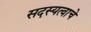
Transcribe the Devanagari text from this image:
सदस्यत्वाचे